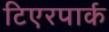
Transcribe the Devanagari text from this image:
टिएरपार्क